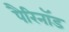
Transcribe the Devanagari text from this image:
पैरिनॉड